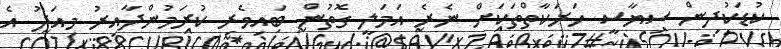
ކުޑަކުދިން ސިޔާސީ ހަރަކާތްތަކަށް ނެރެ އަމަލީ ގޮތުން ބައިވެރި ކުރަމުންދާއިރު މިއަދު އެ